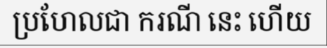
ប្រហែលជា ករណី នេះ ហើយ